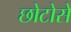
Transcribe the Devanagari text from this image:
छोटोसे